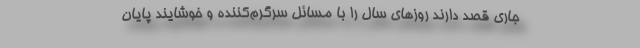
جاری قصد دارند روزهای سال را با مسائل سرگرم‌کننده و خوشایند پایان